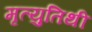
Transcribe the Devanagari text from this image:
मृत्युतिथी